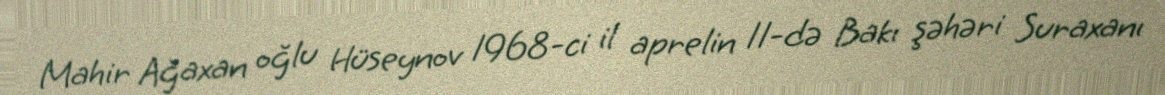
Mahir Ağaxan oğlu Hüseynov 1968-ci il aprelin 11-də Bakı şəhəri Suraxanı